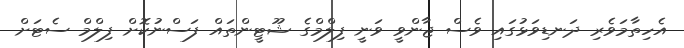
އެހިތާމަވެރި ދަނޑިވަޅުގައި ވެސް ޖާންވީ ވަނީ ފިލްމްގެ ޝޫޓީންތައް ފަސްނުކޮށް ފިލްމް ސެޓަށް